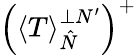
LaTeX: \left(\left\langle T\right\rangle_{\hat{N}}^{\perp N^{\prime}}\right)^{+}